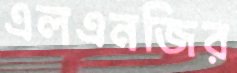
এলএনজির